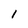
Character: 1